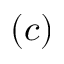
( c )